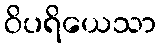
ဝိပရိယေသာ